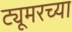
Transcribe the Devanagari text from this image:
ट्यूमरच्या